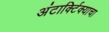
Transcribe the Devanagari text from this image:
अंटार्क्टिक्याचा